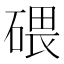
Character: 碨